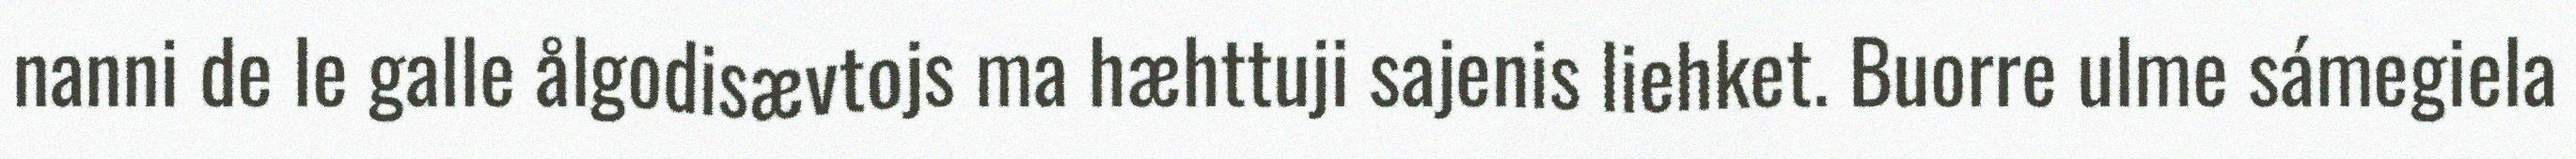
nanni de le galle ålgodisævtojs ma hæhttuji sajenis liehket. Buorre ulme sámegiela